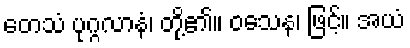
တေသံ ပုဂ္ဂလာနံ၊ တို့၏။ ဝသေန၊ ဖြင့်။ အယံ